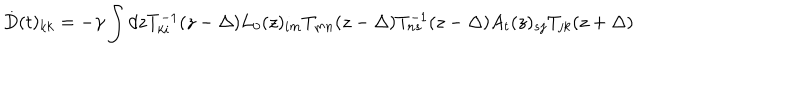
LaTeX: \dot { D } ( t ) _ { k k } = - \gamma \int d z T _ { k i } ^ { - 1 } ( z - \Delta ) L _ { 0 } ( z ) _ { i m } T _ { m n } ( z - \Delta ) T _ { n s } ^ { - 1 } ( z - \Delta ) A _ { t } ( z ) _ { s j } T _ { j k } ( z + \Delta )